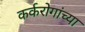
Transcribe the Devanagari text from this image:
कर्करोगांच्या